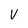
Character: V